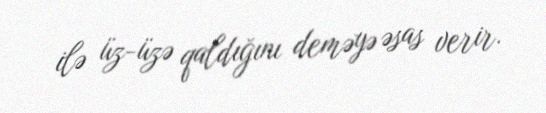
ilə üz-üzə qaldığını deməyə əsas verir.